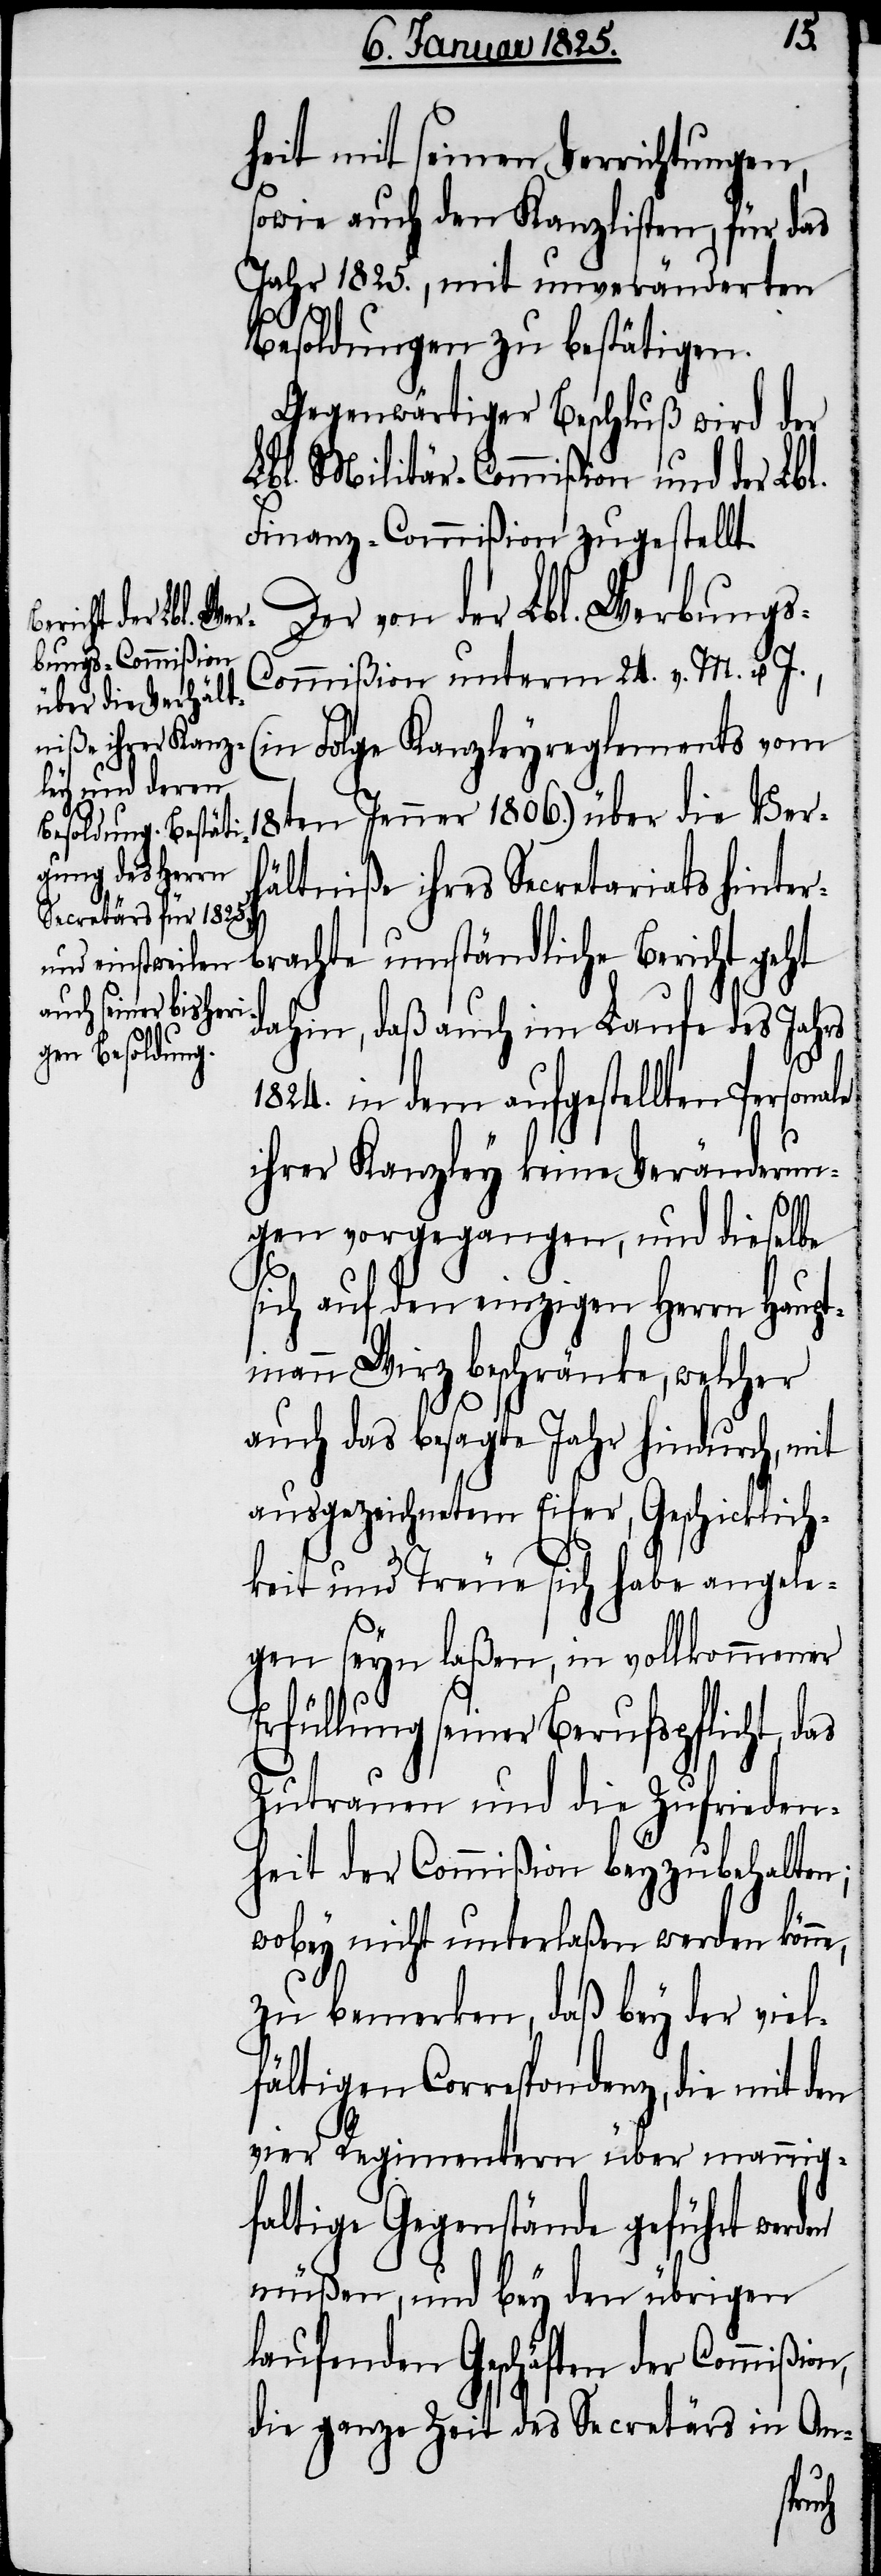
heit mit seinen Verrichtungen,
sowie auch den Kanzlisten, für das
Jahr 1825., mit unveränderten
Besoldungen zu bestätigen.
Gegenwärtiger Beschluß wird der
Lbl. Militär-Commißion und der Lbl.
Finanz-Commißion zugestellt.
Der von der Lbl. Werbung¬
ommißion unterm 24. v. M. u. J.,
(in Folge Kanzleyreglements vom
18ten Jenner 1806.) über die Ver¬
hältniße ihres Secretariats hinter¬
brachte umständliche Bericht geht
dahin, daß auch im Laufe des Jahrs
1824. in dem aufgestellten Personale
ihrer Kanzley keine Veränderun¬
n,
gen vorgegangen, und dieselbe
sich auf den einzigen Herrn Haupt¬
mann Wirz beschränke, welcher
auch das besagte Jahr hindurch, mit
ausgezeichnetem Eifer, Geschicklich¬
keit und Treue sich habe angele¬
gen seyn laßen, in vollkommener
Erfüllung seiner Berufspflicht, d¬
Zutrauen und die Zufrieden¬
heit der Commißion beyzubehalten;
wobey nicht unterlaßen werden könne,
zu bemerken, daß bey der viel¬
fältigen Correspondenz, die mit den
vier Regimentern über mannig¬
faltige Gegenstände geführt werden
müßen, und bey den übrigen
laufenden Geschäften der Commißio¬
die ganze Zeit des Secretärs in An-
s-C¬